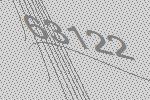
63122